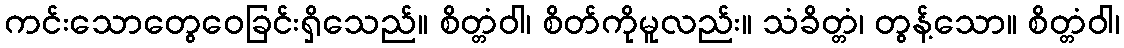
ကင်းသောတွေဝေခြင်းရှိသေည်။ စိတ္တံဝါ၊ စိတ်ကိုမူလည်း။ သံခိတ္တံ၊ တွန့်သော။ စိတ္တံဝါ၊